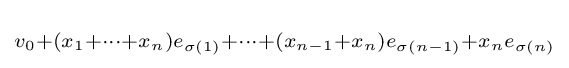
\scriptstyle v_{0}+(x_{1}+\cdots +x_{n})e_{\sigma (1)}+\cdots +(x_{n-1}+x_{n})e_{\sigma (n-1)}+x_{n}e_{\sigma (n)}